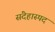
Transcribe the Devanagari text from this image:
संदेहास्‍पद